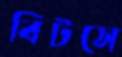
বিটসে